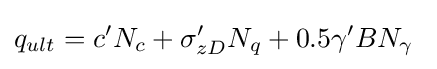
q_{ult}=c'N_{c}+\sigma '_{zD}N_{q}+0.5\gamma 'BN_{\gamma }\